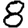
Digit: 8